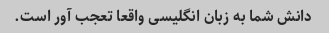
دانش شما به زبان انگلیسی واقعا تعجب آور است.